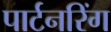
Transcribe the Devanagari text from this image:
पार्टनरिंग